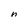
Character: n